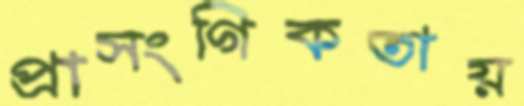
প্রাসংগিকতায়